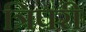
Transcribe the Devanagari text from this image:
त्रिपरी